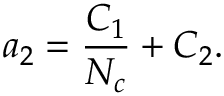
a _ { 2 } = \frac { C _ { 1 } } { N _ { c } } + C _ { 2 } .